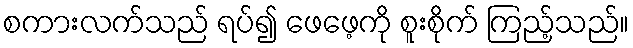
စကားလက်သည် ရပ်၍ ဖေဖေ့ကို စူးစိုက် ကြည့်သည်။